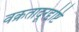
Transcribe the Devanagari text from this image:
वक्रतादूरदृष्टि